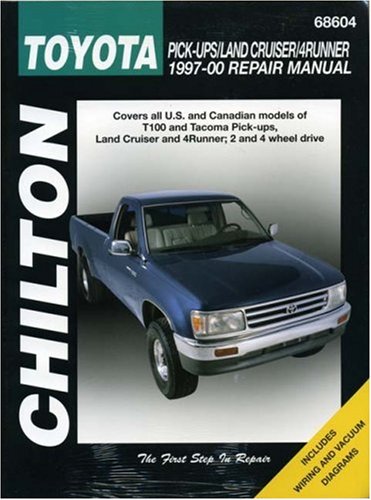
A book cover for Chilton's Toyota Pick-ups/Land Cruiser/4Runner 1997-00 Repair Manual; John Raffa; Engineering & Transportation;